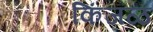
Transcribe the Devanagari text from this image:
किंजळ